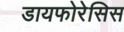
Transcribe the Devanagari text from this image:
डायफोरेसिस